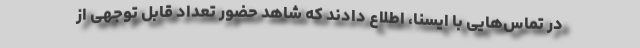
در تماس‌هایی با ایسنا، اطلاع دادند که شاهد حضور تعداد قابل توجهی از